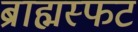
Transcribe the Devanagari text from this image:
ब्राह्मस्फट